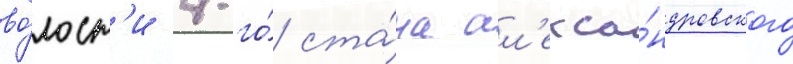
во́лост'и 4-го́ ста́на ал'екса́ндровского